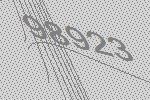
98923